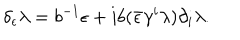
LaTeX: \delta _ { \epsilon } \lambda = b ^ { - 1 } \epsilon + i b ( \bar { \epsilon } \gamma ^ { i } \lambda ) \partial _ { i } \lambda .